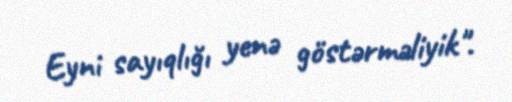
Eyni sayıqlığı yenə göstərməliyik".